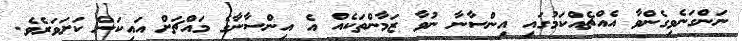
ނަންގަނެވިގެންވާ އެއްޗެއްކަމުގައި އިންސާނާ ނުވާ ޒަމާންތަކެއް އެ އިންސާނާގެ މައްޗަށް އައިކަން ކަށަވަރެވެ.